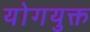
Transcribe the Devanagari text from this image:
योगयुक्त